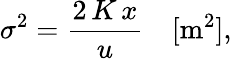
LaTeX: \sigma^{2}=\frac{2\, K\, x}{u}\quad[\mathrm{m}^{2}],